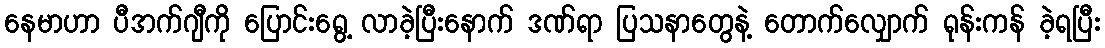
နေမာဟာ ပီအက်ဂျီကို ပြောင်းရွေ့ လာခဲ့ပြီးနောက် ဒဏ်ရာ ပြသနာတွေနဲ့ တောက်လျှောက် ရုန်းကန် ခဲ့ရပြီး